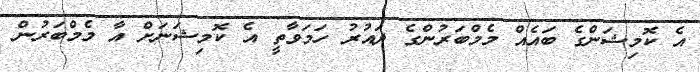
އެ ކޮމިޝަންގެ ބައެއް މެމްބަރުންގެ ދައުރު ހަމަވާތީ އެ ކޮމިޝަނަށް އާ މެމްބަރުން